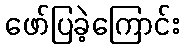
ဖော်ပြခဲ့ကြောင်း